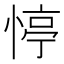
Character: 𢝜